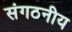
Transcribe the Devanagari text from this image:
संगठनीय